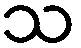
သ